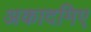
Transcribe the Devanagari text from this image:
अकादमिए